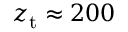
z _ { \mathrm { t } } \approx 2 0 0